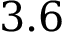
3 . 6